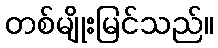
တစ်မျိုးမြင်သည်။